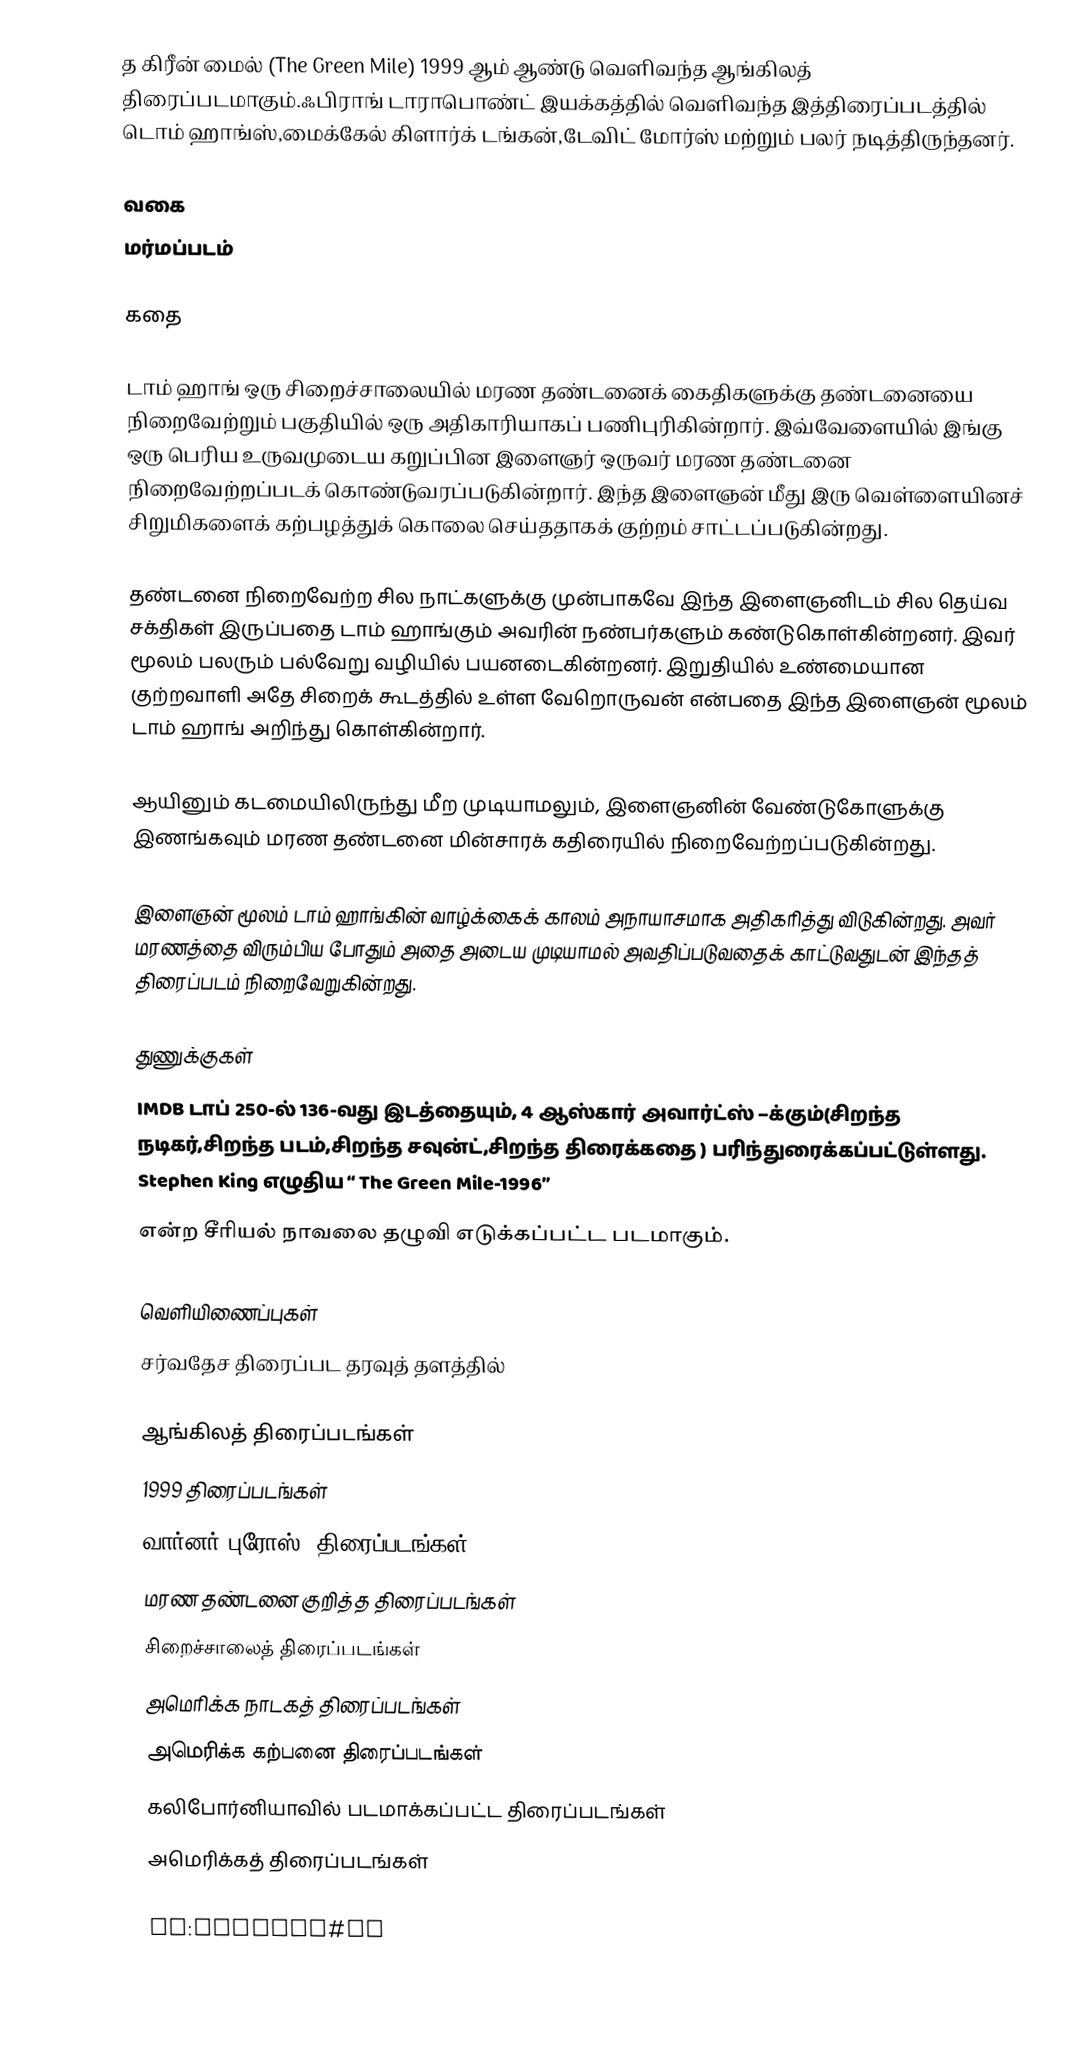
த கிரீன் மைல் (The Green Mile) 1999 ஆம் ஆண்டு வெளிவந்த ஆங்கிலத் திரைப்படமாகும்.ஃபிராங் டாராபொண்ட் இயக்கத்தில் வெளிவந்த இத்திரைப்படத்தில் டொம் ஹாங்ஸ்,மைக்கேல் கிளார்க் டங்கன்,டேவிட் மோர்ஸ் மற்றும் பலர் நடித்திருந்தனர்.

வகை
மர்மப்படம்

கதை

டாம் ஹாங் ஒரு சிறைச்சாலையில் மரண தண்டனைக் கைதிகளுக்கு தண்டனையை நிறைவேற்றும் பகுதியில் ஒரு அதிகாரியாகப் பணிபுரிகின்றார். இவ்வேளையில் இங்கு ஒரு பெரிய உருவமுடைய கறுப்பின இளைஞர் ஒருவர் மரண தண்டனை நிறைவேற்றப்படக் கொண்டுவரப்படுகின்றார்.  இந்த இளைஞன் மீது இரு வெள்ளையினச் சிறுமிகளைக் கற்பழத்துக் கொலை செய்ததாகக் குற்றம் சாட்டப்படுகின்றது.

தண்டனை நிறைவேற்ற சில நாட்களுக்கு முன்பாகவே இந்த இளைஞனிடம் சில தெய்வ சக்திகள் இருப்பதை டாம்  ஹாங்கும் அவரின் நண்பர்களும் கண்டுகொள்கின்றனர். இவர் மூலம் பலரும் பல்வேறு வழியில் பயனடைகின்றனர். இறுதியில் உண்மையான குற்றவாளி அதே சிறைக் கூடத்தில் உள்ள வேறொருவன் என்பதை இந்த இளைஞன் மூலம் டாம்  ஹாங் அறிந்து கொள்கின்றார்.

ஆயினும் கடமையிலிருந்து மீற முடியாமலும், இளைஞனின் வேண்டுகோளுக்கு இணங்கவும் மரண தண்டனை மின்சாரக் கதிரையில் நிறைவேற்றப்படுகின்றது.

இளைஞன் மூலம் டாம்  ஹாங்கின் வாழ்க்கைக் காலம் அநாயாசமாக அதிகரித்து விடுகின்றது. அவர் மரணத்தை விரும்பிய போதும் அதை அடைய முடியாமல் அவதிப்படுவதைக் காட்டுவதுடன் இந்தத் திரைப்படம் நிறைவேறுகின்றது.

துணுக்குகள்
 IMDB டாப் 250-ல் 136-வது இடத்தையும், 4 ஆஸ்கார் அவார்ட்ஸ் –க்கும்(சிறந்த நடிகர்,சிறந்த படம்,சிறந்த                                   சவுன்ட்,சிறந்த திரைக்கதை )    பரிந்துரைக்கப்பட்டுள்ளது. Stephen King எழுதிய “ The Green Mile-1996”
 என்ற சீரியல் நாவலை தழுவி எடுக்கப்பட்ட படமாகும்.

வெளியிணைப்புகள்
சர்வதேச திரைப்பட தரவுத் தளத்தில்

ஆங்கிலத் திரைப்படங்கள்
1999 திரைப்படங்கள்
வார்னர் புரோஸ். திரைப்படங்கள்
மரண தண்டனை குறித்த திரைப்படங்கள்
சிறைச்சாலைத் திரைப்படங்கள்
அமெரிக்க நாடகத் திரைப்படங்கள்
அமெரிக்க கற்பனை திரைப்படங்கள்
கலிபோர்னியாவில் படமாக்கப்பட்ட திரைப்படங்கள்
அமெரிக்கத் திரைப்படங்கள்

ja:グリーンマイル#映画